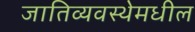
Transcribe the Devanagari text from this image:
जातिव्यवस्थेमधील